Assam Mental Hospital (Tezpur, India) - 1933-1948
Year: 1933
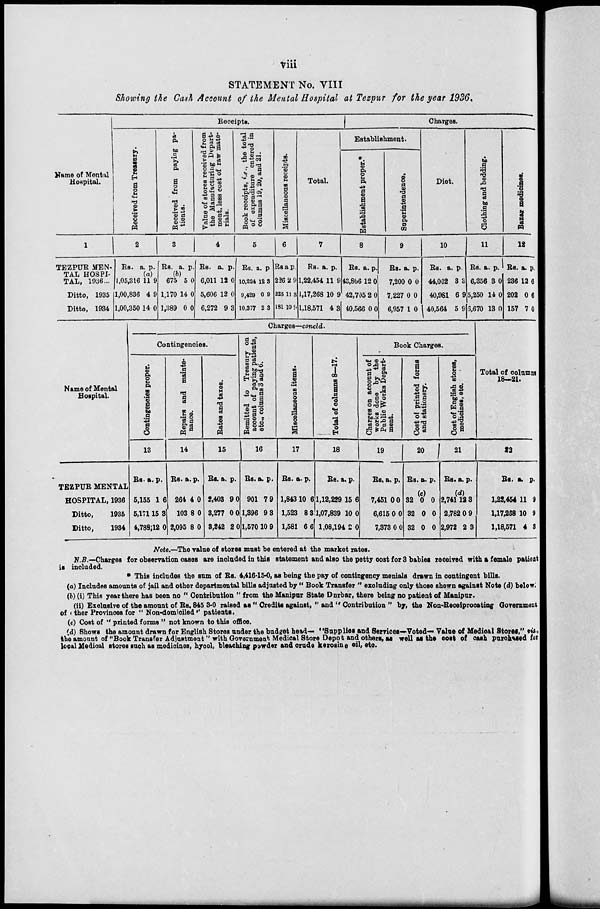
viii
STATEMENT No. VIII
Showing the Cash Account of the Mental Hospital at Tezpur for the year 1936.
Name of Mental
Hospital.
1
TEZPUR MEN-
TAL HOSPI-
TAL, 1936...
Ditto, 1935
Ditto, 1934
Receipts.
Received from Treasury.
2
Rs.
1,05,316
1,00,836
1,00,350
a.
(a)
11
4
14
p.
9
9
0
Received from paying pa-
tients.
3
Rs.
675
1,170
1,389
a.
(b)
5
14
0
p.
0
0
0
Value of stores received from
the Manufacturing Depart-
ment, less cost of raw mate-
rials.
4
Rs.
6,011
5,606
6,272
a.
12
12
9
p.
0
0
3
Book receipts, i.e., the total
of expenditure entered in
columns 19, 20, and 21.
5
Rs.
10,224
9,429
10,377
a.
12
0
2
p.
3
9
3
Miscellaneous receipts.
6
Rs.
226
225
181
a
2
11
10
p.
9
3
9
Total.
7
Rs.
1,22,454
1,17,268
1,18,571
a.
11
10
4
p.
9
9
3
Charges.
Establishment.
Establishment proper.*
8
Rs.
43,866
42,705
40,566
a.
12
2
0
p.
0
0
0
Superintendence.
9
Rs.
7,200
7,227
6,957
a.
0
0
1
p.
0
0
0
Diet.
10
Rs.
44,002
40,981
40,564
a.
3
6
5
p.
3
9
9
Clothing and bedding.
11
Rs.
6,356
5,250
6,670
a.
3
14
13
p.
0
0
0
Bazar medicines.
12
Rs.
236
202
157
a.
12
0
7
p.
6
6
0
Name of Mental
Hospital.
TEZPUR MENTAL
HOSPITAL, 1936
Ditto,
1935
Ditto,
1934
Charges—concld.
Contingencies.
Contingencies proper.
13
Rs.
5,155
5,171
4,788
a.
1
15
12
p.
6
3
0
Repairs and mainte-
nance.
14
Rs.
264
103
2,095
a.
4
8
8
p.
0
0
0
Rates and taxes.
15
Rs.
2,403
3,277
3,242
a.
9
0
2
p.
0
0
0
Remitted to Treasury on
account of paying patients,
etc., columns 3 and 6.
16
Rs.
901
1,396
1,570
a.
7
9
10
p.
9
3
9
Miscellaneous items.
17
Rs.
1,843
1,523
1,581
a.
10
8
6
p.
6
3
6
Total of columns 8—17.
18
Rs.
1,12,229
1,07,839
1,08,194
a.
15
10
2
p.
6
0
0
Book Charges.
Charges on account of
works done by the
Public Works Depart-
ment.
19
Rs.
7,451
6,615
7,373
a.
0
0
0
p.
0
0
0
Cost of printed forms
and stationery.
20
Rs.
32
32
32
a.
(c)
0 0
0
p.
0
0
0
Cost of English stores,
medicines, etc.
21
Rs.
2,741
2,782
2,972
a.
(d)
12
0
2
p.
3
9
3
Total of column
18—21.
22
Rs.
1,22,454
1,17,288
1,18,571
a.
11
10
4
p.
9
9
3
Note.—The value of stores must be entered at the market rates.
N.B.—Charges for observation cases are included in this statement and also the petty cost for 3 babies received with a female patient
is included.
* This includes the sum of Rs. 4,416-15-0, as being the pay of contingency menials drawn in contingent bills.
(a) Includes amounts of jail and other departmental bills adjusted by " Book Transfer " excluding only those shewn against Note (d) below.
(b) (i) This year there has been no " Contribution " from the Manipur State Dnrbar, there being no patient of Manipur.
(ii) Exclusive of the amount of Rs. 845 3-0 raised as "Credits against," and " Contribution " by, the Non-Receiprocating Government
of other Provinces for " Non-domiciled" patients.
(c) Cost of " printed forms " not known to this office.
(d) Shows the amount drawn for English Stores under the budget head— "Supplies and Services—Voted— Value of Medical Stores," viz.,
the amount of "Book Transfer Adjustment" with Government Medical Store Depot and others, as well as the cost of cash purchased for
local Medical stores such as medicines, hycol, bleaching powder and crude kerosine oil, etc.